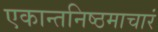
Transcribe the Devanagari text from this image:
एकान्तनिष्ठमाचारं